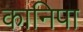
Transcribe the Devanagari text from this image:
कानिपा